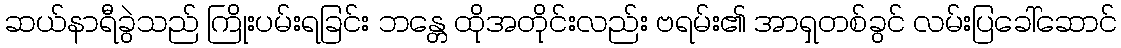
ဆယ်နာရီခွဲသည် ကြိုးပမ်းရခြင်း ဘန္တေ ထိုအတိုင်းလည်း ဗရမ်း၏ အာရှတစ်ခွင် လမ်းပြခေါ်ဆောင်